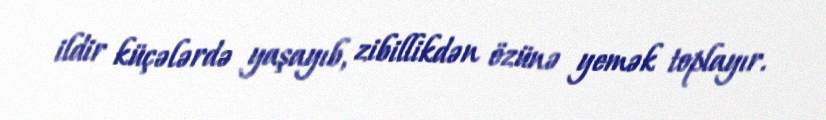
ildir küçələrdə yaşayıb, zibillikdən özünə yemək toplayır.